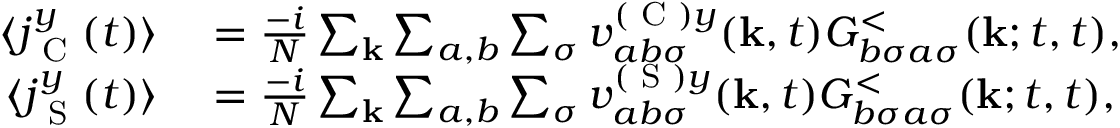
\begin{array} { r l } { \langle j _ { \textrm { C } } ^ { y } ( t ) \rangle } & { { } = \frac { - i } { N } \sum _ { \mathbf { k } } \sum _ { a , b } \sum _ { \sigma } v _ { a b \sigma } ^ { ( \textrm { C } ) y } ( \mathbf { k } , t ) G _ { b \sigma a \sigma } ^ { < } ( \mathbf { k } ; t , t ) , } \\ { \langle j _ { \textrm { S } } ^ { y } ( t ) \rangle } & { { } = \frac { - i } { N } \sum _ { \mathbf { k } } \sum _ { a , b } \sum _ { \sigma } v _ { a b \sigma } ^ { ( \textrm { S } ) y } ( \mathbf { k } , t ) G _ { b \sigma a \sigma } ^ { < } ( \mathbf { k } ; t , t ) , } \end{array}